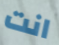
انت